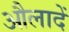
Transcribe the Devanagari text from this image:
औलादें